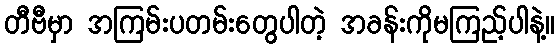
တီဗီမှာ အကြမ်းပတမ်းတွေပါတဲ့ အခန်းကိုမကြည့်ပါနဲ့။